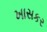
ખાસકર